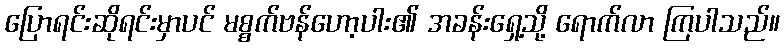
ပြောရင်းဆိုရင်းမှာပင် မစ္စက်ဗန်ဟော့ပါး၏ အခန်းရှေ့သို့ ရောက်လာ ကြပါသည်။